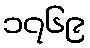
၁၇၆၉